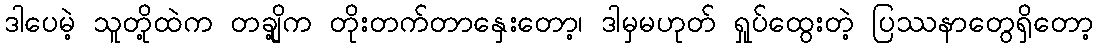
ဒါပေမဲ့ သူတို့ထဲက တချို့က တိုးတက်တာနှေးတော့၊ ဒါမှမဟုတ် ရှုပ်ထွေးတဲ့ ပြဿနာတွေရှိတော့